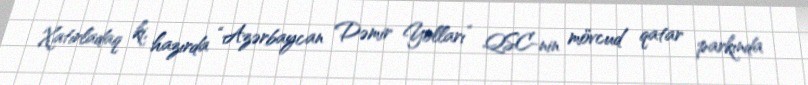
Xatırladaq ki, hazırda “Azərbaycan Dəmir Yolları” QSC-nin mövcud qatar parkında